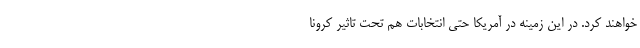
خواهند کرد. در این زمینه در آمریکا حتی انتخابات هم تحت تاثیر کرونا